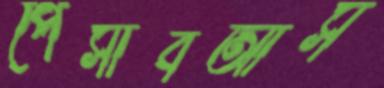
পেসাবআস